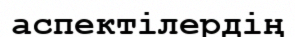
аспектілердің